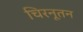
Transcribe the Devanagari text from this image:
चिरनूतन